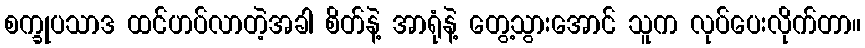
စက္ခုပသာဒ ထင်ဟပ်လာတဲ့အခါ စိတ်နဲ့ အာရုံနဲ့ တွေ့သွားအောင် သူက လုပ်ပေးလိုက်တာ။